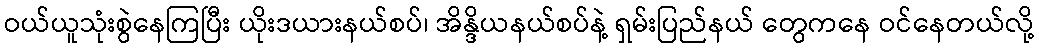
ဝယ်ယူသုံးစွဲနေကြပြီး ယိုးဒယားနယ်စပ်၊ အိန္ဒိယနယ်စပ်နဲ့ ရှမ်းပြည်နယ် တွေကနေ ဝင်နေတယ်လို့